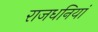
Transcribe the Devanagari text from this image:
राजधनियां